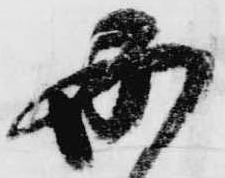
必